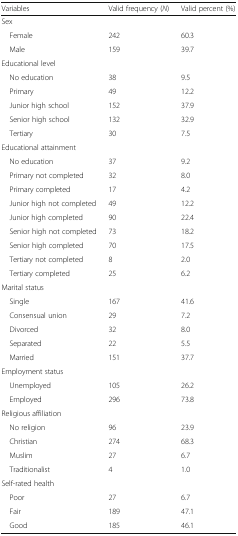
<table><thead><tr><td><b>Variables</b></td><td><b>Valid frequency (<i>N</i>)</b></td><td><b>Valid percent (%)</b></td></tr></thead><tbody><tr><td colspan="3">Sex</td></tr><tr><td> Female</td><td>242</td><td>60.3</td></tr><tr><td> Male</td><td>159</td><td>39.7</td></tr><tr><td colspan="3">Educational level</td></tr><tr><td> No education</td><td>38</td><td>9.5</td></tr><tr><td> Primary</td><td>49</td><td>12.2</td></tr><tr><td> Junior high school</td><td>152</td><td>37.9</td></tr><tr><td> Senior high school</td><td>132</td><td>32.9</td></tr><tr><td> Tertiary</td><td>30</td><td>7.5</td></tr><tr><td colspan="3">Educational attainment</td></tr><tr><td> No education</td><td>37</td><td>9.2</td></tr><tr><td> Primary not completed</td><td>32</td><td>8.0</td></tr><tr><td> Primary completed</td><td>17</td><td>4.2</td></tr><tr><td> Junior high not completed</td><td>49</td><td>12.2</td></tr><tr><td> Junior high completed</td><td>90</td><td>22.4</td></tr><tr><td> Senior high not completed</td><td>73</td><td>18.2</td></tr><tr><td> Senior high completed</td><td>70</td><td>17.5</td></tr><tr><td> Tertiary not completed</td><td>8</td><td>2.0</td></tr><tr><td> Tertiary completed</td><td>25</td><td>6.2</td></tr><tr><td colspan="3">Marital status</td></tr><tr><td> Single</td><td>167</td><td>41.6</td></tr><tr><td> Consensual union</td><td>29</td><td>7.2</td></tr><tr><td> Divorced</td><td>32</td><td>8.0</td></tr><tr><td> Separated</td><td>22</td><td>5.5</td></tr><tr><td> Married</td><td>151</td><td>37.7</td></tr><tr><td colspan="3">Employment status</td></tr><tr><td> Unemployed</td><td>105</td><td>26.2</td></tr><tr><td> Employed</td><td>296</td><td>73.8</td></tr><tr><td colspan="3">Religious affiliation</td></tr><tr><td> No religion</td><td>96</td><td>23.9</td></tr><tr><td> Christian</td><td>274</td><td>68.3</td></tr><tr><td> Muslim</td><td>27</td><td>6.7</td></tr><tr><td> Traditionalist</td><td>4</td><td>1.0</td></tr><tr><td colspan="3">Self-rated health</td></tr><tr><td> Poor</td><td>27</td><td>6.7</td></tr><tr><td> Fair</td><td>189</td><td>47.1</td></tr><tr><td> Good</td><td>185</td><td>46.1</td></tr></tbody></table>